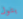
بتول